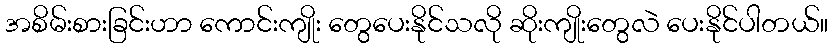
အစိမ်းစားခြင်းဟာ ကောင်းကျိုး တွေပေးနိုင်သလို ဆိုးကျိုးတွေလဲ ပေးနိုင်ပါတယ်။